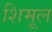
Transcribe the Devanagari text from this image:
शिमूल